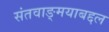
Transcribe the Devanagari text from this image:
संतवाङ्मयाबद्दल